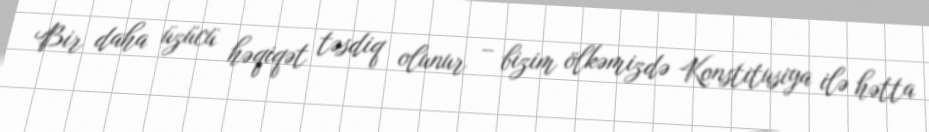
Bir daha üzücü həqiqət təsdiq olunur – bizim ölkəmizdə Konstitusiya ilə hətta